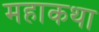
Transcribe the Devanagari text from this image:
महाकथा